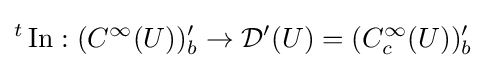
{}^{t}\operatorname {In} :(C^{\infty }(U))'_{b}\to {\mathcal {D}}'(U)=(C_{c}^{\infty }(U))'_{b}